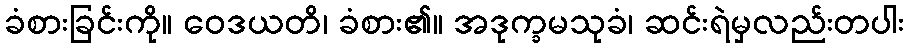
ခံစားခြင်းကို။ ဝေဒယတိ၊ ခံစား၏။ အဒုက္ခမသုခံ၊ ဆင်းရဲမှလည်းတပါး